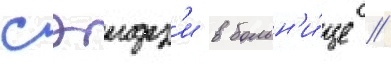
сэидз'и в больн'и́це //